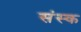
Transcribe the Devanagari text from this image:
संस्क